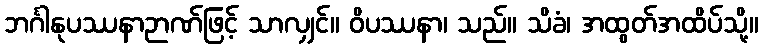
ဘင်္ဂါနုပဿနာဉာဏ်ဖြင့် သာလျှင်။ ဝိပဿနာ၊ သည်။ သိခံ၊ အထွတ်အထိပ်သို့။